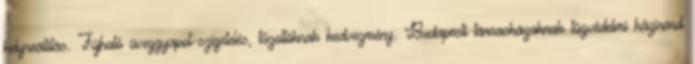
helyreállítás. Fújható üveggyapot-szigetelés, tűzoltóknak kedvezmény. Budapesti társasházaknak tűzvédelmi házirend